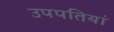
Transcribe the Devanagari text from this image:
उपपतियां